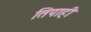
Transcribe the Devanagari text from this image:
तिपाही